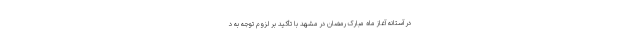
در آستانه آغاز ماه مبارک رمضان در مشهد با تأکید بر لزوم توجه به د